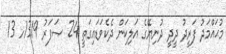
މުޙައްމަދު ފަރީދު ދީދީ ދުނިޔޭގެ އަލިކަން ދެކެވަޑައިގަތީ 24 ޞަފަރު 1319ހ 13